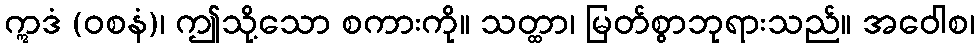
ဣဒံ (ဝစနံ)၊ ဤသို့သော စကားကို။ သတ္ထာ၊ မြတ်စွာဘုရားသည်။ အဝေါစ၊